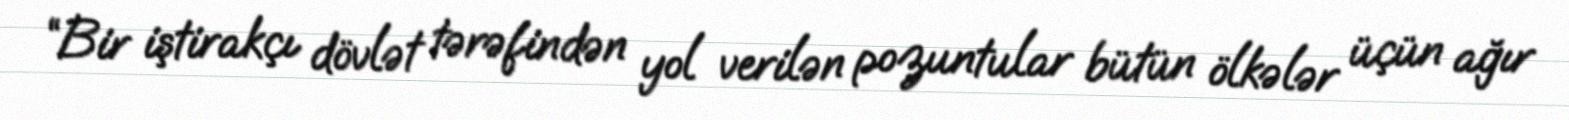
“Bir iştirakçı dövlət tərəfindən yol verilən pozuntular bütün ölkələr üçün ağır